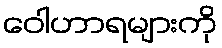
ဝေါဟာရများကို